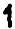
1